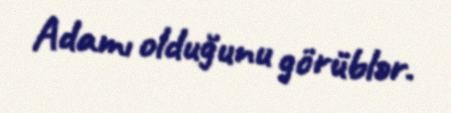
Adamı olduğunu görüblər.